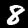
Digit: 8